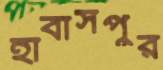
হাবাসপুর